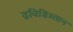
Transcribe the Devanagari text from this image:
द्रविडिस्तान